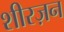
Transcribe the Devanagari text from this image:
शीरज़न